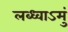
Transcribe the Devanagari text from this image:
लब्ध्वाऽमुं